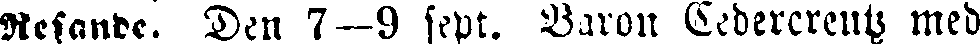
Resande. Den 7—9 sept. Baron Cedercreutz med